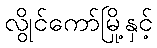
လွိုင်ကော်မြို့နှင့်